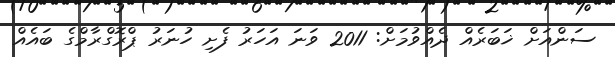
ސަންއަށް ޚަބަރެއް ދެއްވުމަށް: 2011 ވަނަ އަހަރު ފެށި ހުނަރު ޕްރޮގްރާމްގެ ބައެއް